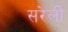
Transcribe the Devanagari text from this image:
सरेली